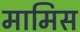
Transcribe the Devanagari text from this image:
मामिस